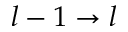
l - 1 \rightarrow l